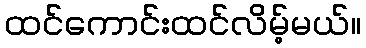
ထင်ကောင်းထင်လိမ့်မယ်။